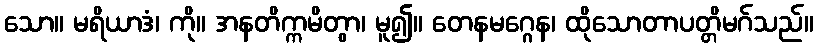
သော။ မရိယာဒံ၊ ကို။ အနတိက္ကမိတွာ၊ မူ၍။ တေနမဂ္ဂေန၊ ထိုသောတာပတ္တိမဂ်သည်။